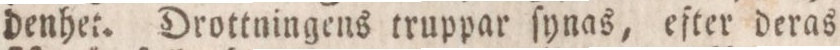
denhet. Drottningens truppar ſynas, efter deras